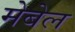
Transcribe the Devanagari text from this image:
मेबेल